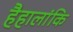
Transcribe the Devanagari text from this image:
हैहालांकि